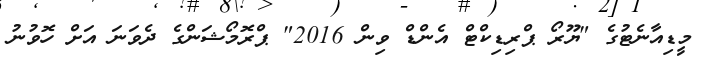
މީޑިއާނެޓުގެ "ޔޫރޯ ޕްރިޑިކްޓް އެންޑް ވިން 2016" ޕްރޮމޯޝަންގެ ދެވަނަ އަށް ހޮވުުނު